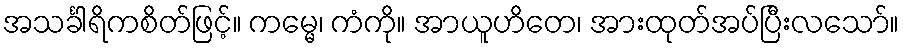
အသင်္ခါရိကစိတ်ဖြင့်။ ကမ္မေ၊ ကံကို။ အာယူဟိတေ၊ အားထုတ်အပ်ပြီးလသော်။